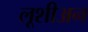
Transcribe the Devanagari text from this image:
लूशीअन